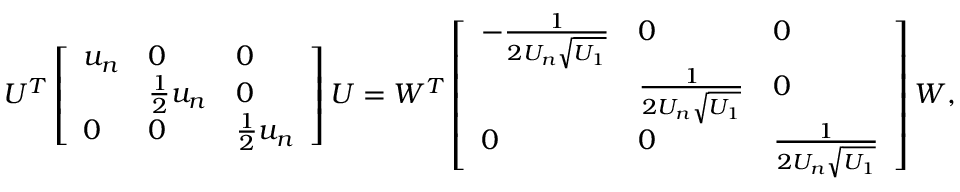
U ^ { T } \left[ \begin{array} { l l l } { u _ { n } } & { 0 } & { 0 } \\ & { \frac { 1 } { 2 } u _ { n } } & { 0 } \\ { 0 } & { 0 } & { \frac { 1 } { 2 } u _ { n } } \end{array} \right] U = W ^ { T } \left[ \begin{array} { l l l } { - \frac { 1 } { 2 U _ { n } \sqrt { U _ { 1 } } } } & { 0 } & { 0 } \\ & { \frac { 1 } { 2 U _ { n } \sqrt { U _ { 1 } } } } & { 0 } \\ { 0 } & { 0 } & { \frac { 1 } { 2 U _ { n } \sqrt { U _ { 1 } } } } \end{array} \right] W ,